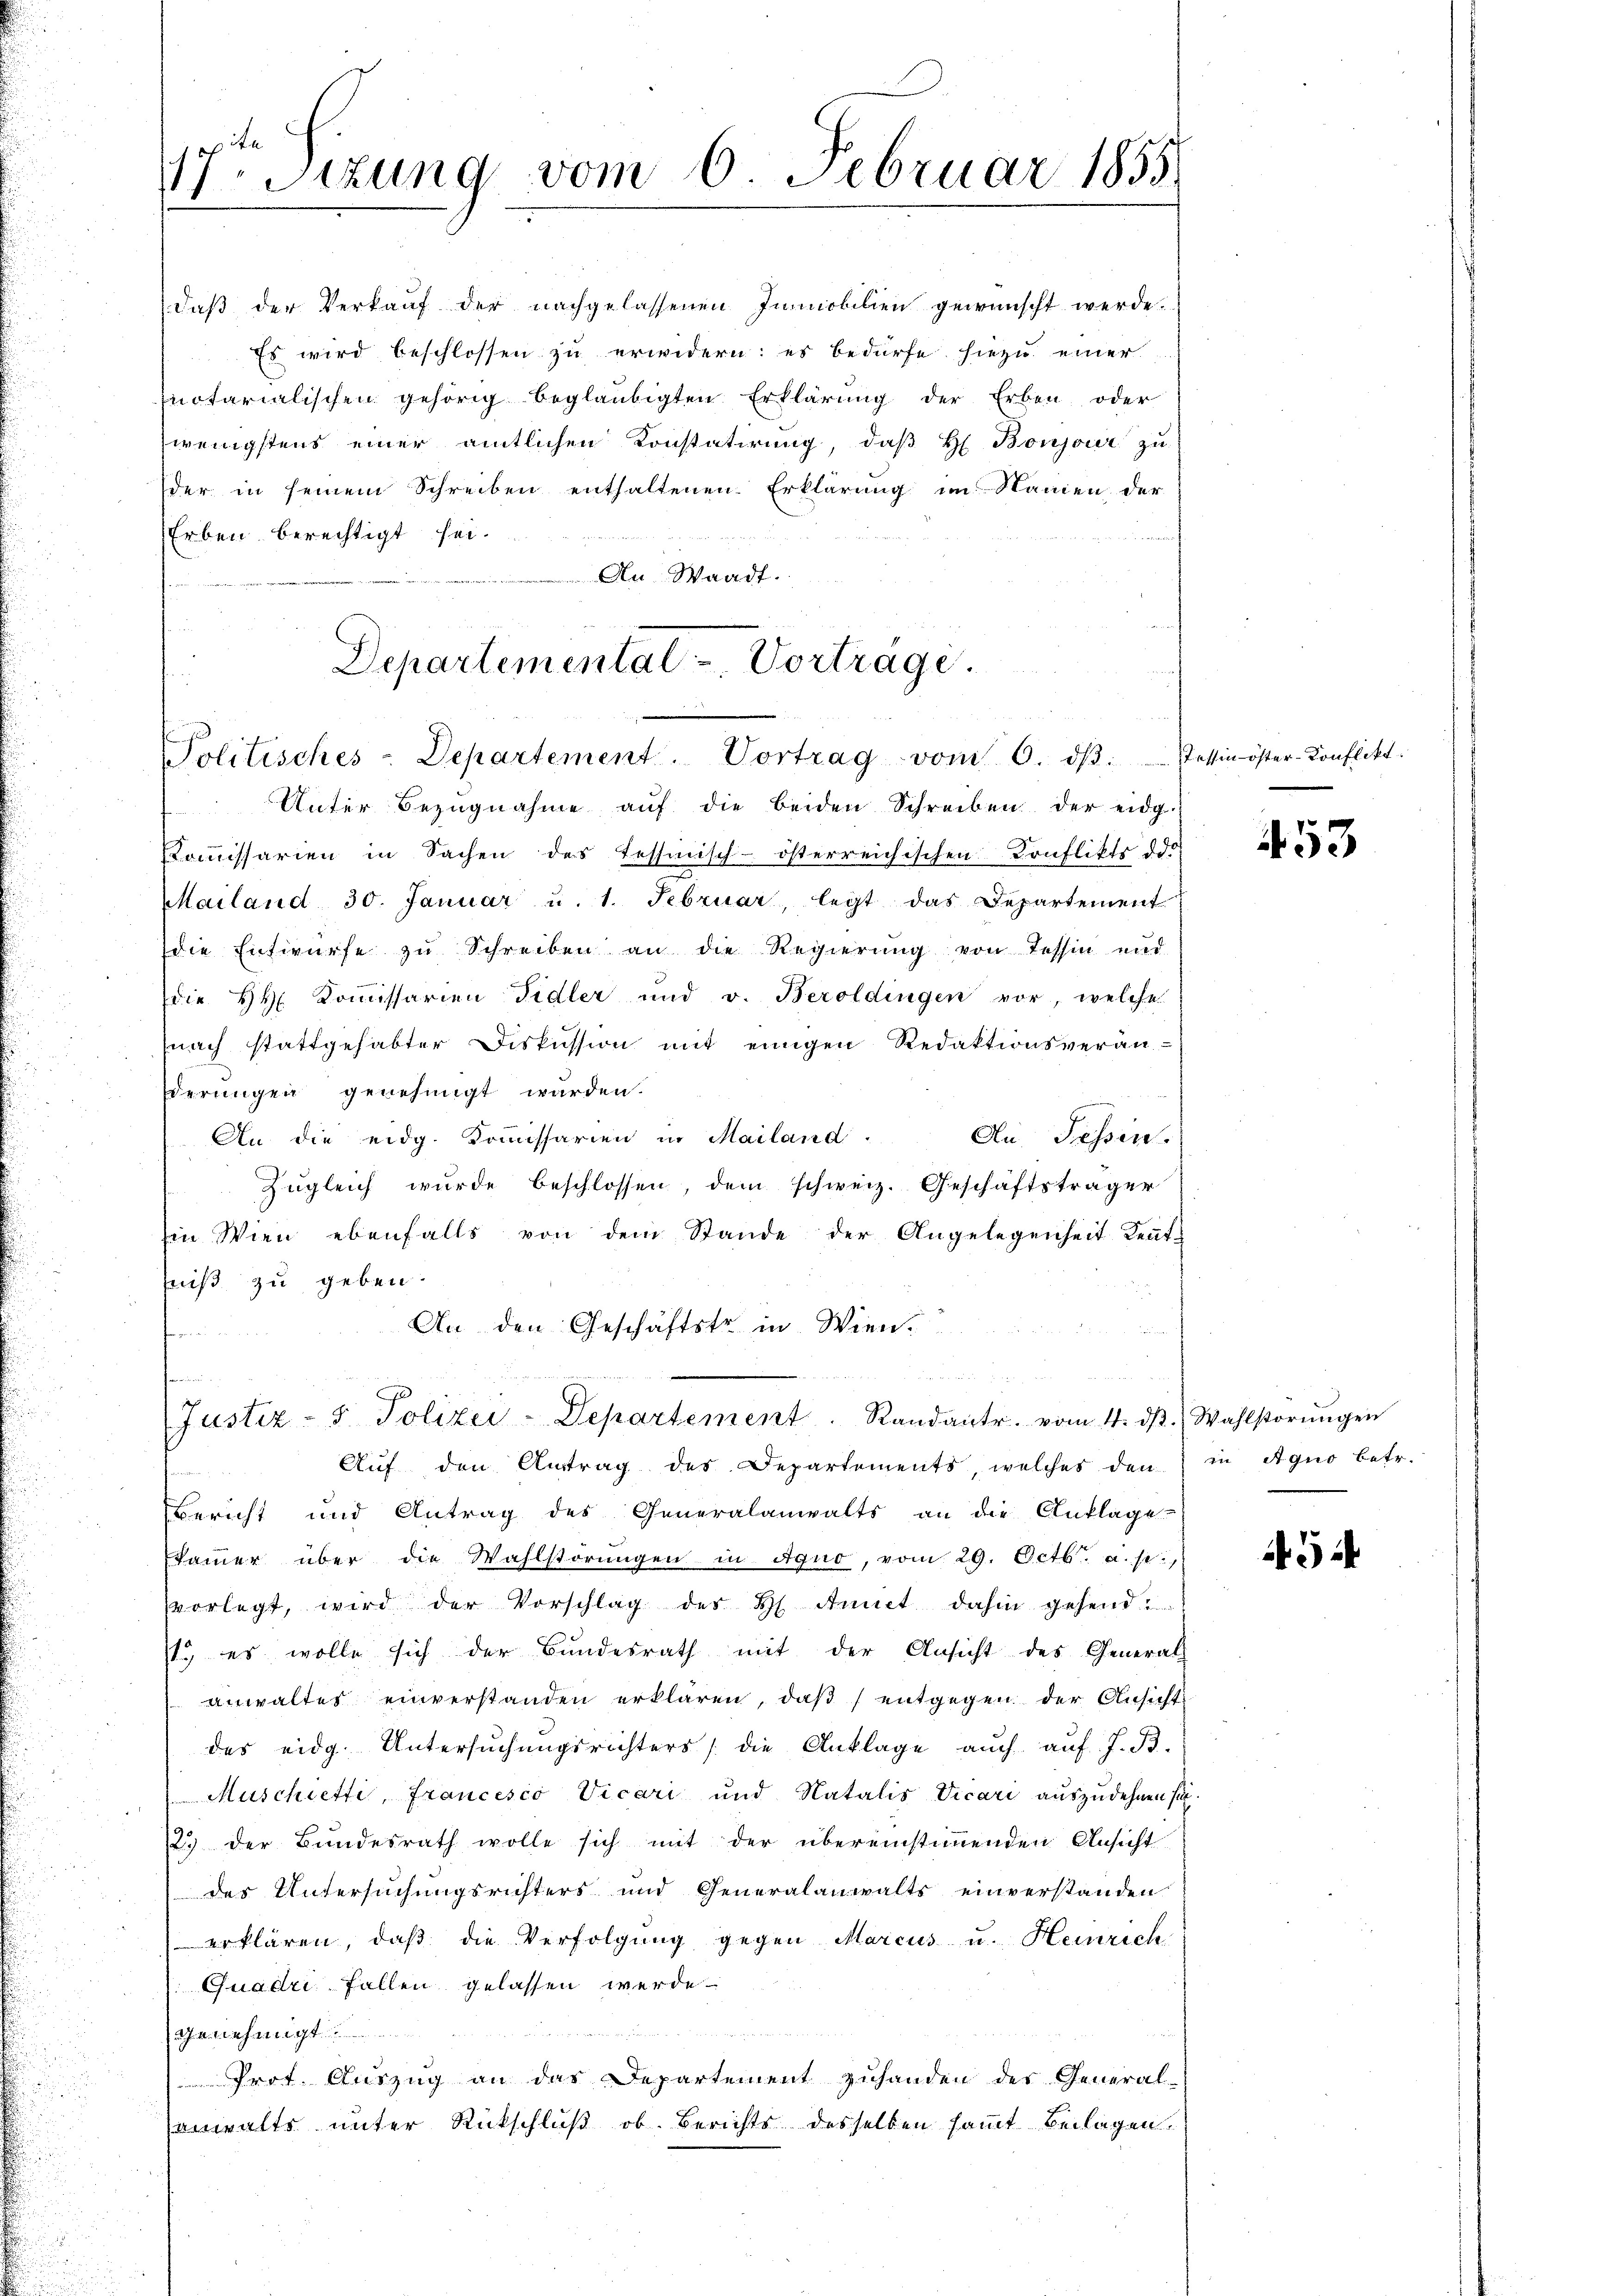
d

17. Sitzung vom 6. Februar 1855.

daß der Verkauf der nachgelassenen Immobilien gewünscht werde.
Es wird beschlossen zu erwidern: es bedürfe hiezu einer
notarialischen gehörig beglaubigten Erklärŭng der Erben oder
wenigstens einer amtlichen Konstatirung, daß H. Bonjour zu
der in seinem Schreiben enthaltenen Erklärung im Namen der
Erben berechtigt sei.
An Waadt.

Departemental - Vortrage
Politisches-Departement. Vortrag vom 6. dβ. Tessin öster-Konflikt.

Unter Bezŭgnahme aŭf die beiden Schreiben der eidg.
Koṁissarien in Sachen des Tessinisch-österreichischen Konflikts des
Mailand 30. Januar u. 1. Februar, legt das Departement
die Entwurfe zŭ Schreiben an die Regierŭng von Tessin und
die HH. Kommissarien Fidler und v. Beroldingen vor, welche
(nach stattgehabter Diskussion mit einigen Redaktionsveran-
derungen genehmigt werden.
An die eidg. Kommissarien in Mailand.
An Tessin.
Zŭgleich wurde beschlossen, dem schweiz. Geschäftsträger
in Wien ebenfalls von dem Stande der Angelegenheit Kent-
niß zu geben.
An den Geschäftstr in Wien
s

Justiz- & Polizei-Departement. Randantr. vom 4. dβ. Wahlstörŭngen

Aŭf den Antrag des Departements, welches den in Agno betr.
Bericht und Antrag des Generalanwalts an die Anklage
kammer über die Wahlstörŭngen in igno, vom 29. Octbr. a. p.
vorlegt, wird der Vorschlag des H. Anmut dahin gehend
1., es wolle sich der Bundesrath mit der Ansicht des General-
anwaltes einverstanden erklären, daß entgegen der Ansicht
des eidg. Untersuchungsrichters die Anklage auch auf. J. B.
Muschietti, Francesco Vicari und Natalis Vicari auszudehnen sie.
2.) der Bundesrath wolle sich mit der übereinstimmenden Ansicht
des Untersuchungsrichters und Generalanwalts einverstanden
erklären, daß die Verfolgung gegen Marcus u. Heinrich
Quadri Fallen gelassen werde.

hehnigt
Prot. Auszug an das Departement zuhanden des General-
anwalts unter Rückschluß ob. Berichts desselben samt Beilagen.

453

5